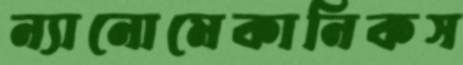
ন্যানোমেকানিকস